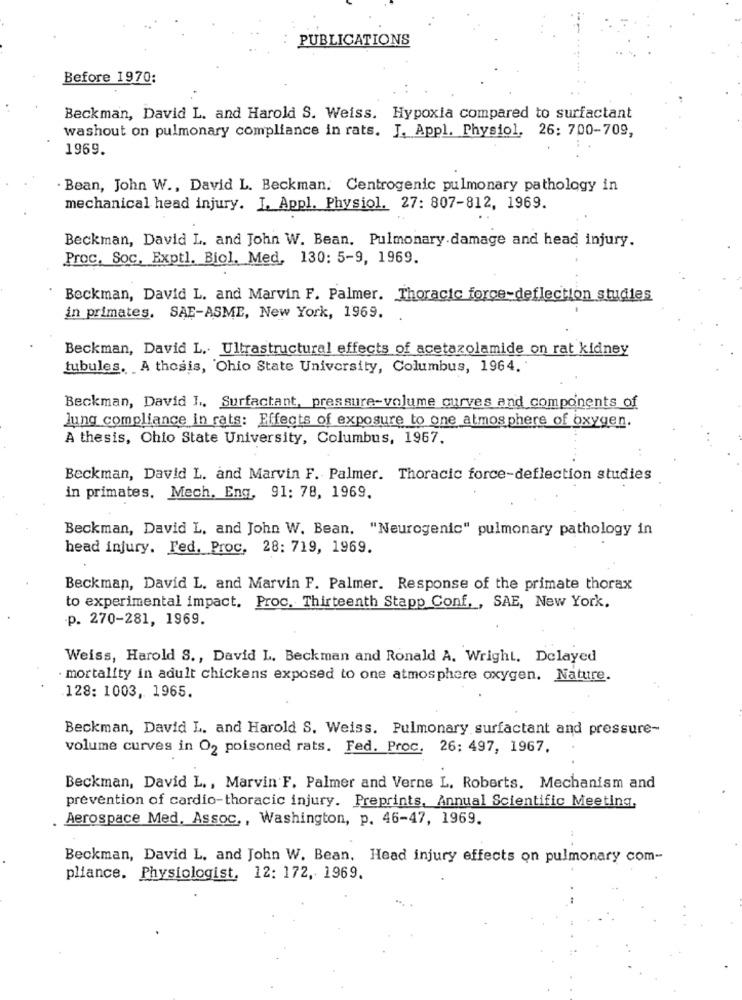
PUBLICATIONS
Before 1970:
Beckman, David L. and Harold S. Weiss. Hypoxia compared to surfactant
washout on pulmonary compliance in rats. J. Appl. Physiol. 26: 700-709,
1969.
Bean, John W ., David L. Beckman. Centrogenic pulmonary pathology in
mechanical head injury. I. Appl. Physiol. 27: 807-812, 1969.
Beckman, David L. and John W. Bean. Pulmonary.damage and head injury.
Proc. Soc, Exptl. Biol. Med, 130: 5-9, 1969.
Beckman, David L. and Marvin F. Palmer. Thoracic force-deflection studies
in primates, SAE-ASME, New York, 1969.
Beckman, David L. Ultrastructural effects of acetazolamide on rat kidney
tubules. A thesis, Ohio State University, Columbus, 1964.
Beckman, David J ., Surfactant, pressure-volume curves and components of
Jung compliance in rats: Effects of exposure to one atmosphere of oxygen.
A thesis, Ohio State University, Columbus, 1967.
Beckman, David L. and Marvin F. Palmer. Thoracic force-deflection studies
in primates. Mech. Eng, 91: 78, 1969.
Beckman, David L, and John W. Bean. "Neurogenic" pulmonary pathology in
head injury. Fed. Proc. 28: 719, 1969.
Beckman, David L. and Marvin F. Palmer. Response of the primate thorax
to experimental impact. Proc. Thirteenth Stapp Conf. , SAE, New York.
p. 270-281, 1969.
Weiss, Harold S ., David L. Beckman and Ronald A. Wright. Delayed
· mortality in adult chickens exposed to one atmosphere oxygen. Nature.
128: 1003, 1965.
Beckman, David L. and Harold S. Weiss. Pulmonary surfactant and pressure-
volume curves in O2 poisoned rats. Fed. Proc. 26; 497, 1967.
Beckman, David L ., Marvin F. Palmer and Verne L. Roberts, Mechanism and
prevention of cardio-thoracic injury. Preprints, Annual Scientific Meeting,
. Aerospace Med. Assoc ,, Washington, p. 46-47, 1969.
Beckman, David L, and John W. Bean. Head injury effects on pulmonary com-
pliance. Physiologist, 12: 172, 1969.